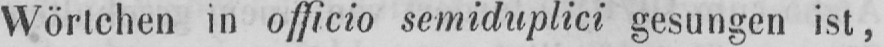
Wörtchen in officio semiduplici gesungen ist,